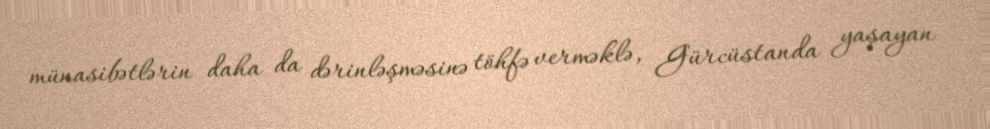
münasibətlərin daha da dərinləşməsinə töhfə verməklə, Gürcüstanda yaşayan